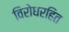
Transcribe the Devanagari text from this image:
विरोधरहित